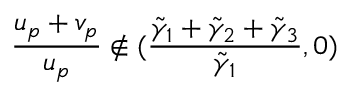
\frac { u _ { p } + v _ { p } } { u _ { p } } \notin ( \frac { \tilde { \gamma } _ { 1 } + \tilde { \gamma } _ { 2 } + \tilde { \gamma } _ { 3 } } { \tilde { \gamma } _ { 1 } } , 0 )